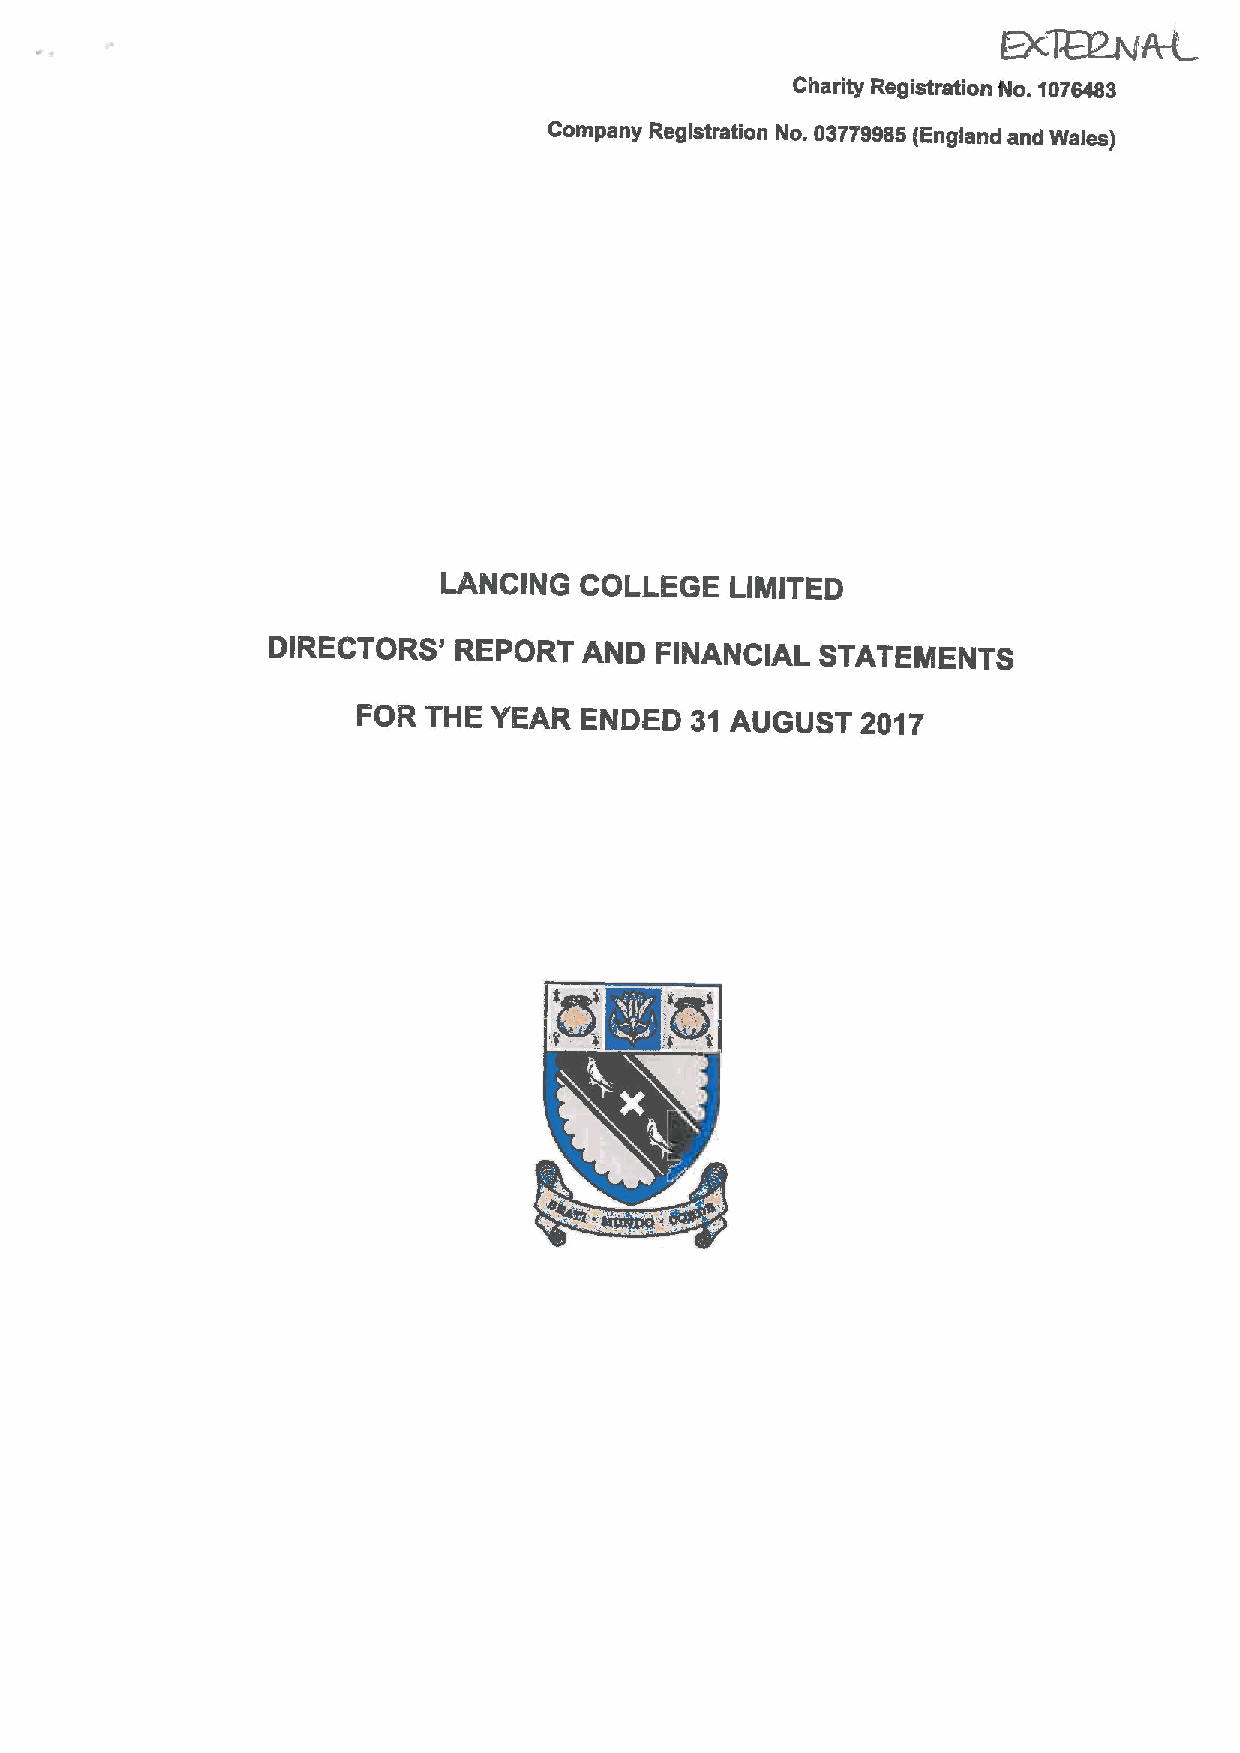
Ec%PW&
 Charity Registration t4o. 1076483
 Company Registration No. 03779986(England and Wales)
 LANCING  COLLEGE   LIMITED
 DIRECTORS'  REPORT   AND FINANCIAL  STATEMENTS
 FOR THE YEAR  ENDED   31 AUGUST  2017